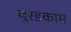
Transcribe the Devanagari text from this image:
बुरडकाम